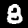
Digit: 8